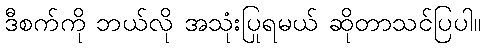
ဒီစက်ကို ဘယ်လို အသုံးပြုရမယ် ဆိုတာသင်ပြပါ။